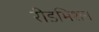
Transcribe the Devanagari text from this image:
रीडमिशन